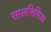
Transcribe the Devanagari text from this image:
सालसिसिया